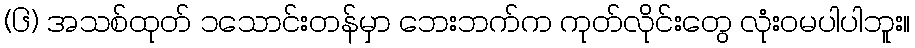
(၆) အသစ်ထုတ် ၁သောင်းတန်မှာ ဘေးဘက်က ကုတ်လိုင်းတွေ လုံးဝမပါပါဘူး။